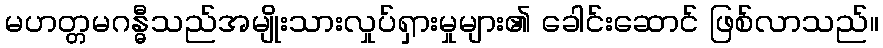
မဟတ္တမဂန္ဓီသည်အမျိုးသားလှုပ်ရှားမှုများ၏ ခေါင်းဆောင် ဖြစ်လာသည်။